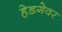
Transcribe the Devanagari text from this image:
हेडगेवर